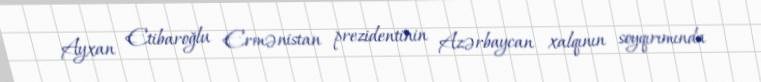
Ayxan Etibaroğlu Ermənistan prezidentinin Azərbaycan xalqının soyqırımında